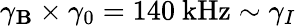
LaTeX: \gamma_{\mathbf{B}}\times\gamma_{0}=140~\mathrm{{kHz}}\sim\gamma_{I}